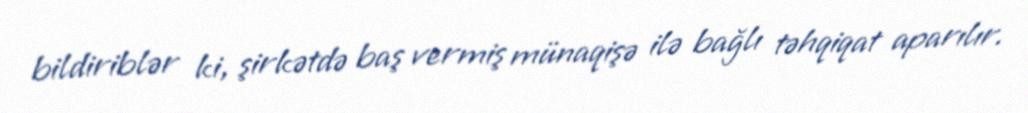
bildiriblər ki, şirkətdə baş vermiş münaqişə ilə bağlı təhqiqat aparılır.